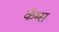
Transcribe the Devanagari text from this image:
केम्स